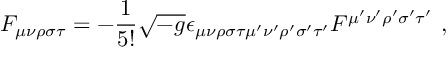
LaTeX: F _ { \mu \nu \rho \sigma \tau } = - \frac { 1 } { 5 ! } \sqrt { - g } \epsilon _ { \mu \nu \rho \sigma \tau \mu ^ { \prime } \nu ^ { \prime } \rho ^ { \prime } \sigma ^ { \prime } \tau ^ { \prime } } F ^ { \mu ^ { \prime } \nu ^ { \prime } \rho ^ { \prime } \sigma ^ { \prime } \tau ^ { \prime } } ~ ,